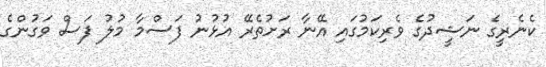
ކެނެރީގެ ނަޝީދުގެ ވެރިކަމުގައި އޭނާ ރަށުތެރޭ އުޅުނު ފަސްމާ މުލު ފަސް ވަގުންގެ